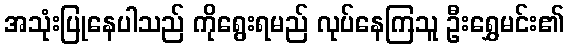
အသုံးပြုနေပါသည် ကိုရွေးရမည် လုပ်နေကြသူ ဦးရွှေမင်း၏